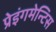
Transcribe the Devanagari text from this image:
प्रेइंगमेन्टिस